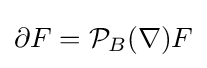
\partial F={\mathcal {P}}_{B}(\nabla )F